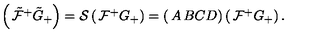
\left( \begin{matrix} { \tilde { \mathcal { F } } ^ { + } } \\ { \tilde { G } _ { + } } \\ \end{matrix} \right) = \mathcal { S } \left( \begin{matrix} { \mathcal { F } ^ { + } } \\ { G _ { + } } \\ \end{matrix} \right) = \left( \begin{matrix} { A } & { B } \\ { C } & { D } \\ \end{matrix} \right) \left( \begin{matrix} { \mathcal { F } ^ { + } } \\ { G _ { + } } \\ \end{matrix} \right) .